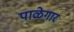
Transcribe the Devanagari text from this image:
पाळेगार